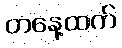
တနေ့ထက်